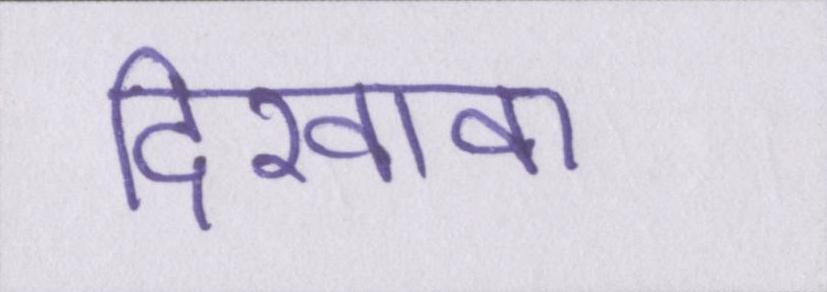
दिखावा